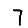
Digit: 7